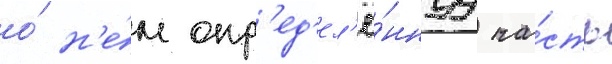
о́ н'е́м опр'ед'ел'ё́ннуу ча́сть